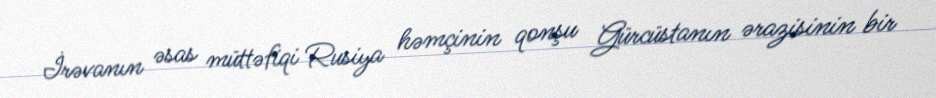
İrəvanın əsas müttəfiqi Rusiya həmçinin qonşu Gürcüstanın ərazisinin bir